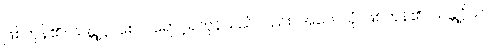
ဖြစ်ကုန်၏။ သန္တုဋ္ဌာ စေဝ၊ ရောင့်ရဲကုန်သည်လည်း။ အဟေသုံ၊ ဖြစ်ကုန်၏။ သန္တုဋ္ဌိယာ၊